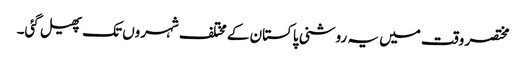
مختصر وقت میں یہ روشنی پاکستان کے مختلف شہروں تک پھیل گئی۔